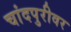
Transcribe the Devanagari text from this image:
चांदपुरीवर